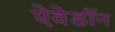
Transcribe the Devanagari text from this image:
ऐवेडॉन